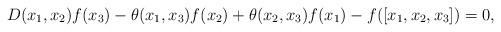
LaTeX: \begin{align*} D(x_1,x_2)f(x_3)-\theta(x_1,x_3)f(x_2)+\theta(x_2,x_3)f(x_1)-f([x_1,x_2,x_3])=0,\end{align*}